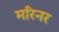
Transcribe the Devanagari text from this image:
मरिनर